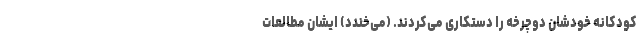
کودکانه خودشان دوچرخه را دستکاری می‌کردند. (می‌خندد) ایشان مطالعات